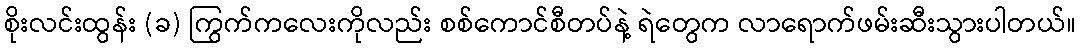
စိုးလင်းထွန်း (ခ) ကြွက်ကလေးကိုလည်း စစ်ကောင်စီတပ်နဲ့ ရဲတွေက လာရောက်ဖမ်းဆီးသွားပါတယ်။